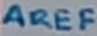
Text: AREF